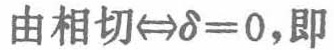
由相切\(\Leftrightarrow\delta = 0\)，即